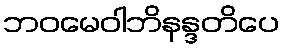
ဘဝမေဝါဘိနန္ဒတိပေ